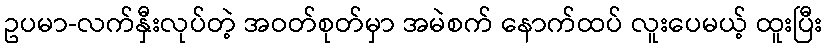
ဥပမာ-လက်နှီးလုပ်တဲ့ အဝတ်စုတ်မှာ အမဲစက် နောက်ထပ် လူးပေမယ့် ထူးပြီး